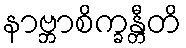
နာဗ္ဘာစိက္ခန္တီတိ